Scientific memoirs by medical officers of the Army of India - Part VII,
Year: 1892
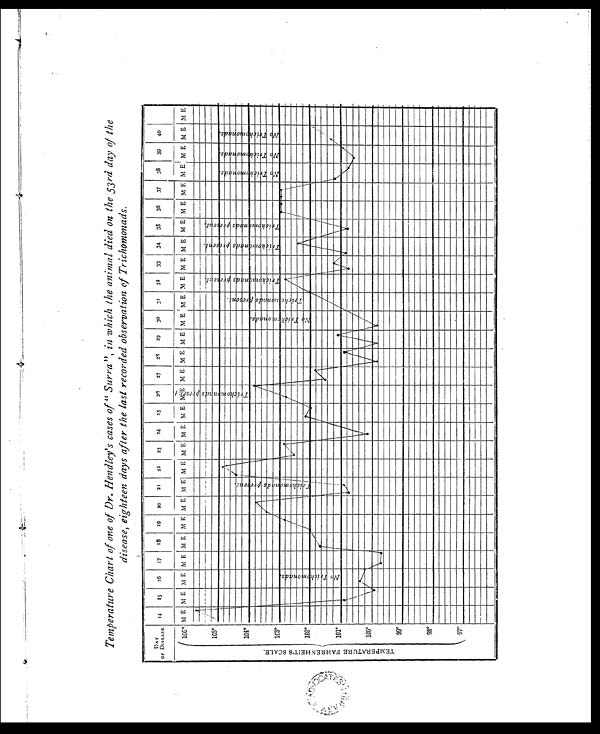
Temperature Chart of one of Dr. Hendley's cases of "Surra", in which the animal died on the 53rd day of the
disease, eighteen days after the last recorded observation of Trichomonads.